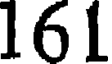
161